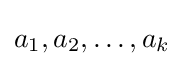
a_{1},a_{2},\dots ,a_{k}